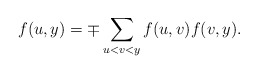
\begin{align*}f(u,y)=\mp\sum_{u<v<y}f(u,v)f(v,y).\end{align*}